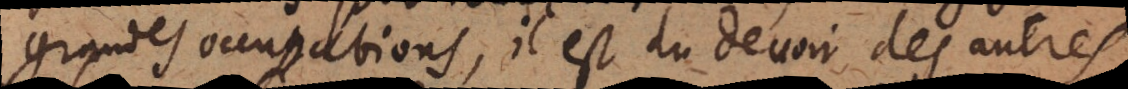
grandes occupations, il est du devoir des autres